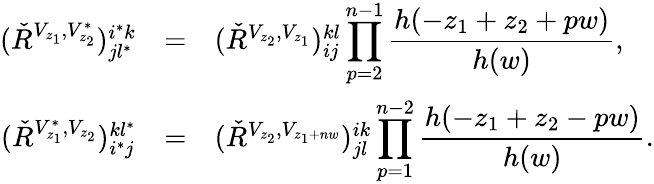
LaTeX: \begin{array}{rcl}{{(\check{R}^{V_{z_{1}},V_{z_{2}}^{*}})_{jl^{*}}^{i^{*}k}}}&{{=}}&{{(\check{R}^{V_{z_{2}},V_{z_{1}}})_{ij}^{kl}\displaystyle\prod_{p=2}^{n-1}\frac{h(-z_{1}+z_{2}+pw)}{h(w)},}}\\ {{(\check{R}^{V_{z_{1}}^{*},V_{z_{2}}})_{i^{*}j}^{kl^{*}}}}&{{=}}&{{(\check{R}^{V_{z_{2}},V_{z_{1}+nw}})_{jl}^{ik}\displaystyle\prod_{p=1}^{n-2}\frac{h(-z_{1}+z_{2}-pw)}{h(w)}.}}\end{array}